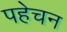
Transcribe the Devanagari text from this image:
पहेचन